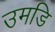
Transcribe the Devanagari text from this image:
उमडि